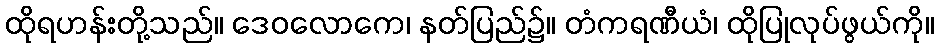
ထိုရဟန်းတို့သည်။ ဒေဝလောကေ၊ နတ်ပြည်၌။ တံကရဏီယံ၊ ထိုပြုလုပ်ဖွယ်ကို။